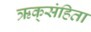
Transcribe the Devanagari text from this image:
ऋक्‌संहिता